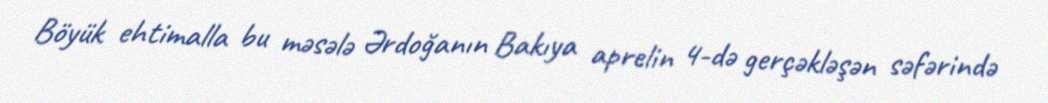
Böyük ehtimalla bu məsələ Ərdoğanın Bakıya aprelin 4-də gerçəkləşən səfərində